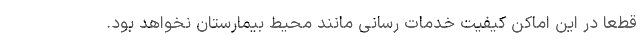
قطعا در این اماکن کیفیت خدمات رسانی مانند محیط بیمارستان نخواهد بود.